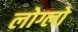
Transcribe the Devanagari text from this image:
लोग्लो